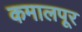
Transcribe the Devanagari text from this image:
कमालपूर